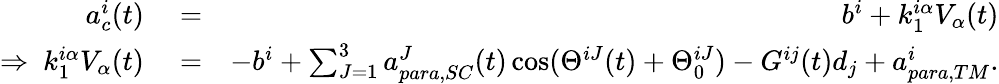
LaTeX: \begin{array}{rlr}{a_{c}^{i}(t)}&{{}=}&{b^{i}+k_{1}^{i\alpha}V_{\alpha}(t)}\\ {\Rightarrow\ k_{1}^{i\alpha}V_{\alpha}(t)}&{{}=}&{-b^{i}+\sum_{J=1}^{3}a_{para,SC}^{J}(t)\cos(\Theta^{iJ}(t)+\Theta_{0}^{iJ})-G^{ij}(t)d_{j}+a_{para,TM}^{i}.}\end{array}